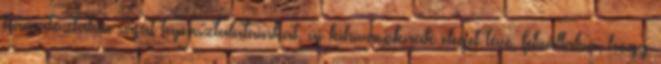
kamatoztatva saját tapasztalatainkat, új kihívásoknak eleget téve, felvállalva, hogy